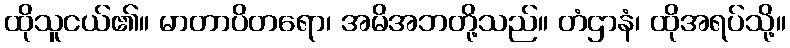
ထိုသူငယ်၏။ မာတာပိတရော၊ အမိအဘတို့သည်။ တံဌာနံ၊ ထိုအရပ်သို့။